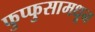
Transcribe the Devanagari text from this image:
फुप्फुसामधून